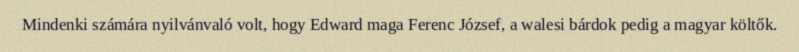
Mindenki számára nyilvánvaló volt, hogy Edward maga Ferenc József, a walesi bárdok pedig a magyar költők.